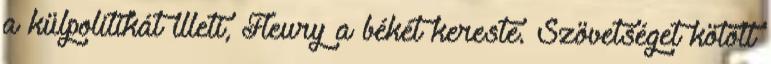
a külpolitikát illeti, Fleury a békét kereste. Szövetséget kötött